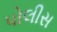
પોલીસ